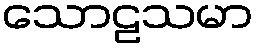
သောဠသမာ